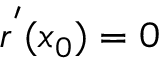
r ^ { ' } ( x _ { 0 } ) = 0